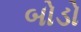
બોડો